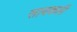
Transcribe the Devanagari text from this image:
सायकली